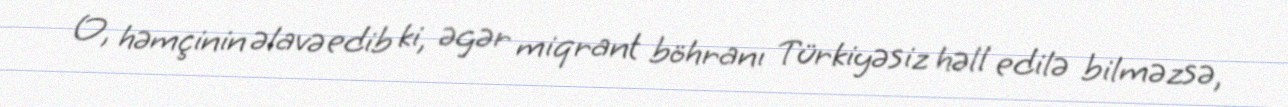
O, həmçinin əlavə edib ki, əgər miqrant böhranı Türkiyəsiz həll edilə bilməzsə,